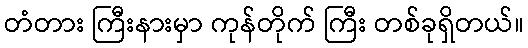
တံတား ကြီးနားမှာ ကုန်တိုက် ကြီး တစ်ခုရှိတယ်။